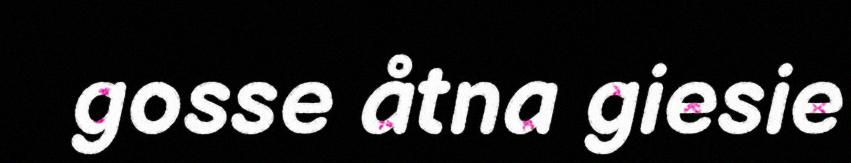
gosse åtna giesie